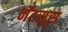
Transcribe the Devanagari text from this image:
नॅटसूस